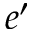
e ^ { \prime }